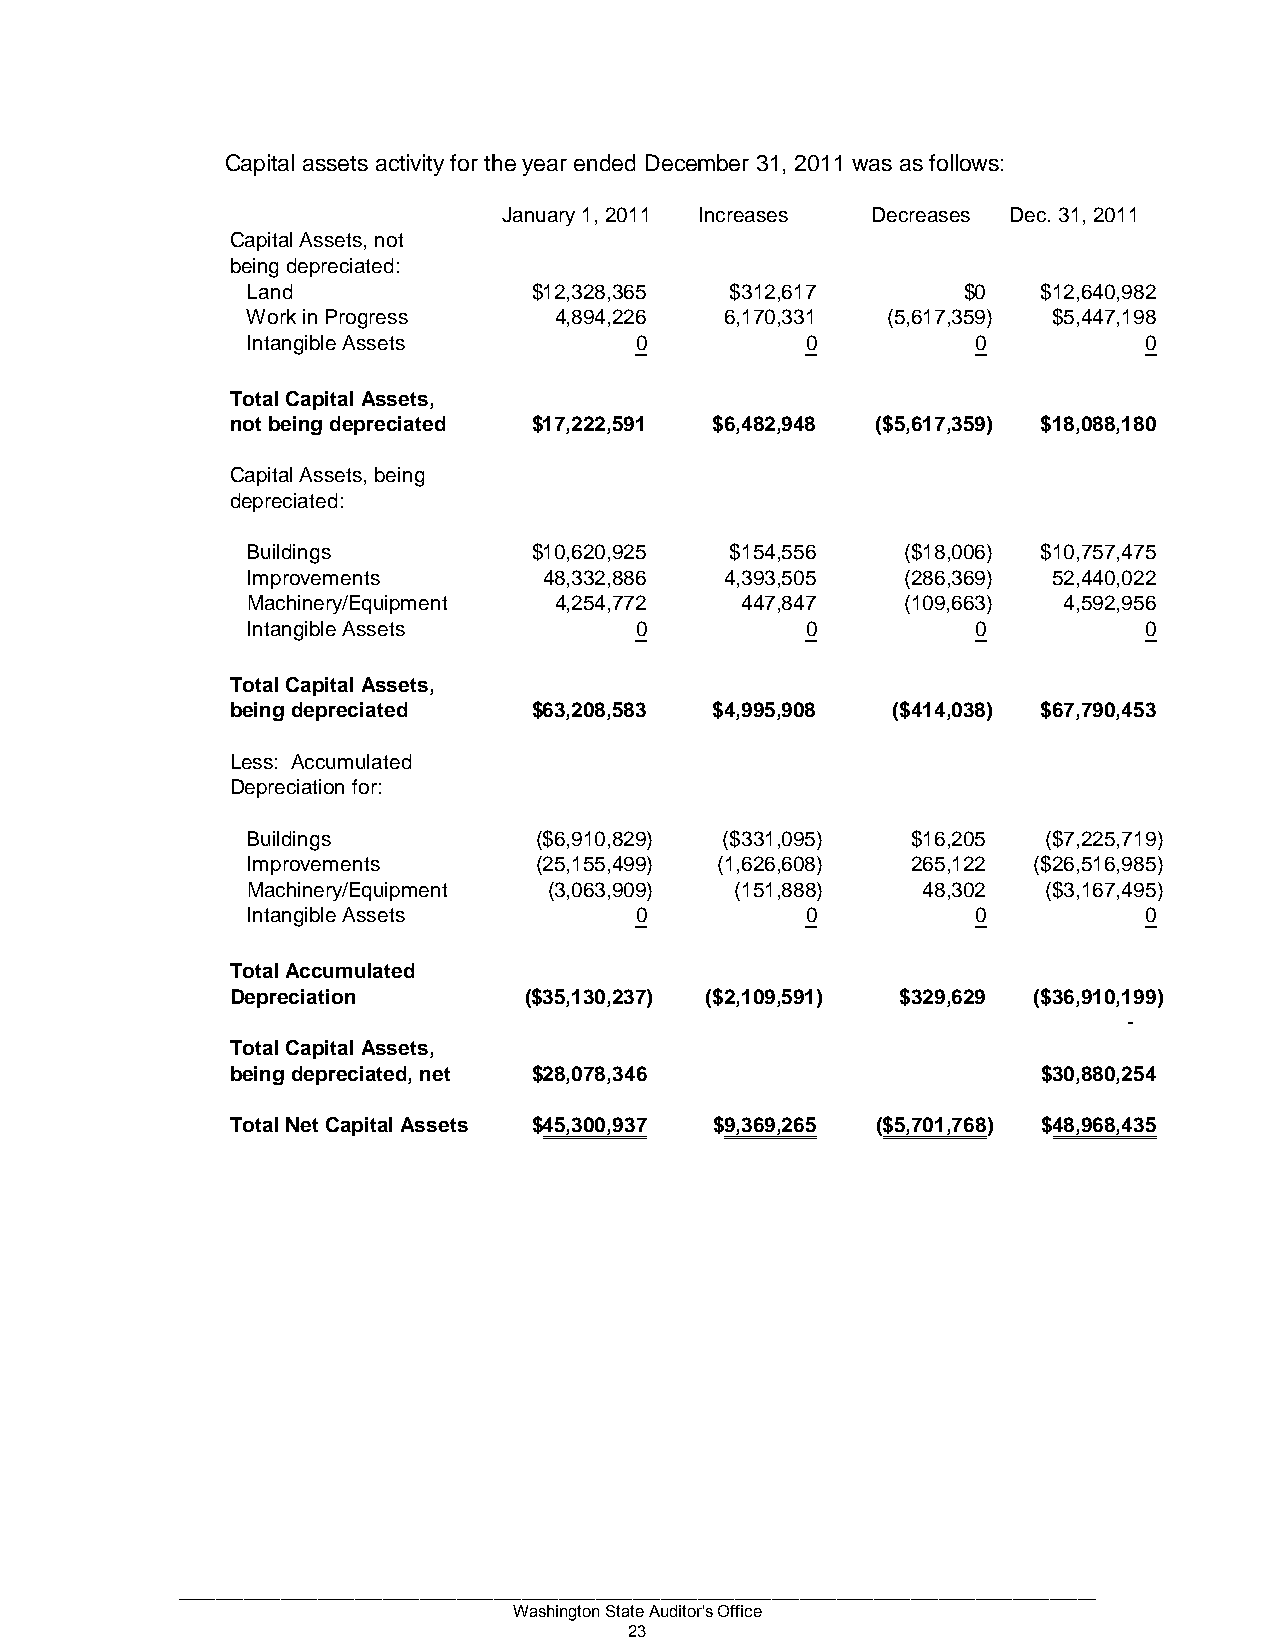
Capital assets activity for the year ended December 31, 2011 was as follows:
 January 1, 2011 Increases Decreases Dec. 31, 2011
 Capital Assets, not
 being depreciated:
 Land               $12,328,365  $312,617        $0   $12,640,982
 Work in Progress     4,894,226  6,170,331  (5,617,359) $5,447,198
 Intangible Assets         0          0           0          0
 Total Capital Assets,
 not being depreciated $17,222,591 $6,482,948 ($5,617,359) $18,088,180
 Capital Assets, being
 depreciated:
 Buildings          $10,620,925  $154,556    ($18,006) $10,757,475
 Improvements        48,332,886  4,393,505   (286,369) 52,440,022
 Machinery/Equipment  4,254,772   447,847    (109,663) 4,592,956
 Intangible Assets         0          0           0          0
 Total Capital Assets,
 being depreciated   $63,208,583 $4,995,908  ($414,038) $67,790,453
 Less: Accumulated
 Depreciation for:
 Buildings           ($6,910,829) ($331,095) $16,205  ($7,225,719)
 Improvements        (25,155,499) (1,626,608) 265,122 ($26,516,985)
 Machinery/Equipment (3,063,909)  (151,888)   48,302  ($3,167,495)
 Intangible Assets         0          0           0          0
 Total Accumulated
 Depreciation        ($35,130,237) ($2,109,591) $329,629 ($36,910,199)
 -
 Total Capital Assets,
 being depreciated, net $28,078,346                    $30,880,254
 Total Net Capital Assets $45,300,937 $9,369,265 ($5,701,768) $48,968,435
 ___________________________________________________________________________________________________
 Washington State Auditor's Office
 23